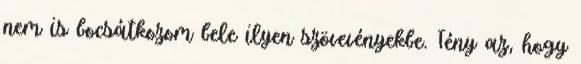
nem is bocsátkozom bele ilyen szövevényekbe. Tény az, hogy